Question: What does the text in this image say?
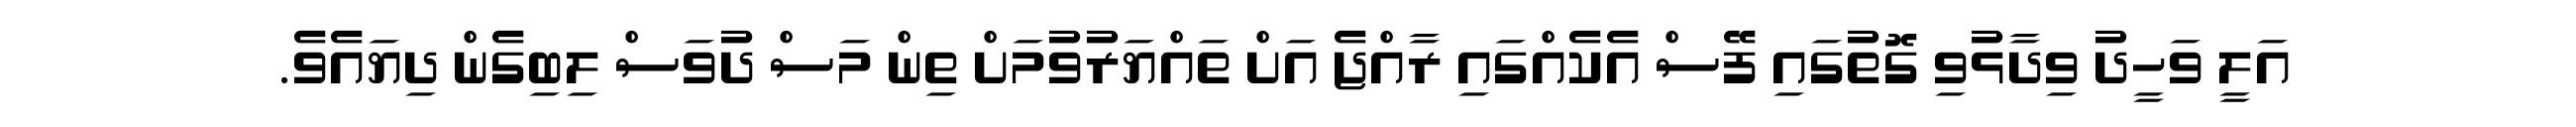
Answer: އަލީ ވަހީދު ވިދާޅުވި ގޮތުގައި ފޭސް އެކެއްގައި ރާއްޖެ އަށް ތައްޔަރުވުމަށް ތިން މަސް ދުވަސް ލިބިގެން ދިޔައެވެ.